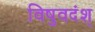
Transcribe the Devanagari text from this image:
विषुवदंश्